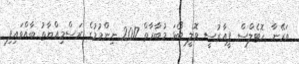
އަރޭނާ ހޮޓެލްސް ޕީއާރުސީ ވޮލީ ބޯޅަ މުބާރާތް 2017 ނިންމުމުގެ ރަސްމިއްޔާތު ބާއްވައިފި